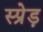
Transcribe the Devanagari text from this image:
स्प्रेड़